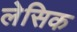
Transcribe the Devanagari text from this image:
लेसिक